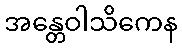
အန္တေဝါသိကေန